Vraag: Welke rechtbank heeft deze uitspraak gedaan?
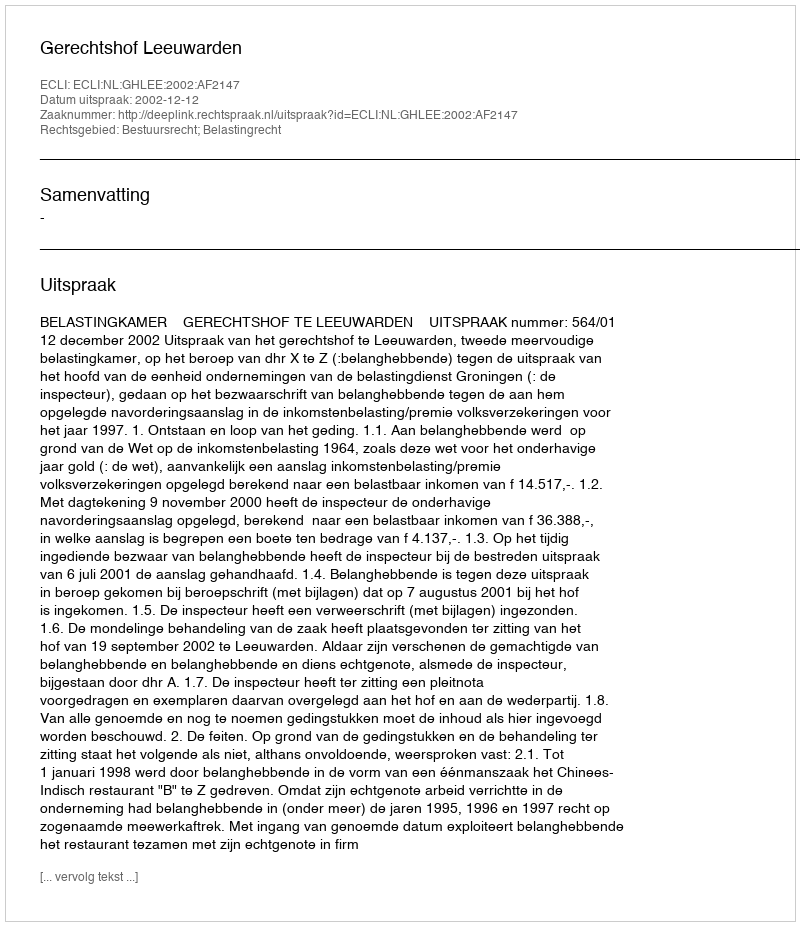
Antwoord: Gerechtshof Leeuwarden